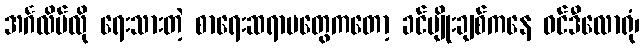
အင်္ဂလိပ်လို ရေးသားတဲ့ စာရေးဆရာမတွေကတော့ ခင်မျိုးချစ်ကနေ ဝင်ဒီလောရုံ၊